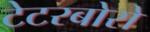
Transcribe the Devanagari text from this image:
टेटरबोरो